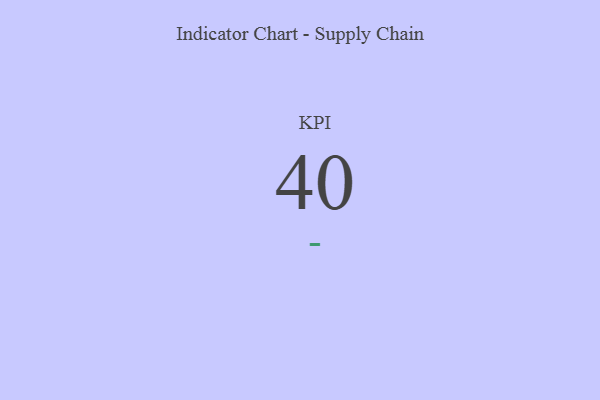
{"axis": {"x": "KPI", "y": "Value"}, "legend": [""], "data": [{"x": "KPI", "y": 40, "type": ""}]}